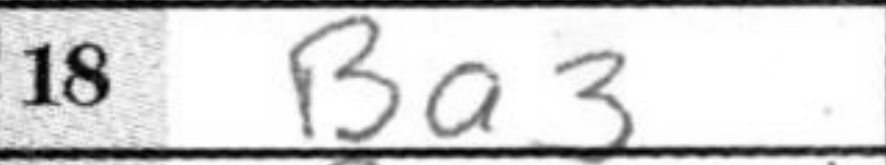
Transcription: Ba3